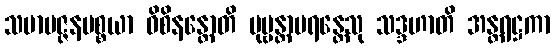
သမာပဇ္ဇနပစ္စယာ ဝိစိနန္တောတိ ပုဗ္ဗန္တာပရန္တေသု သဒ္ဒဟာတိ အန္တရဋ္ဌကာ